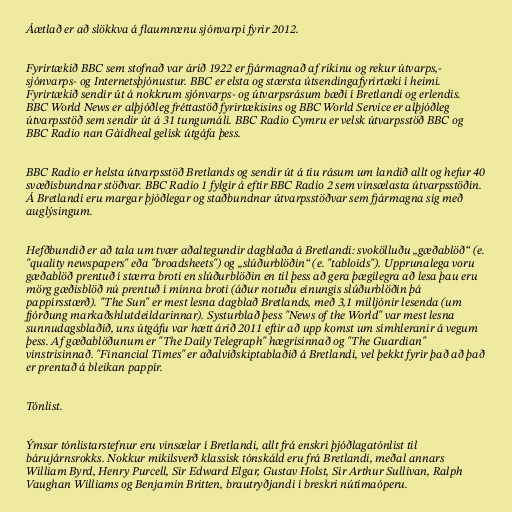
Áætlað er að slökkva á flaumrænu sjónvarpi fyrir 2012.

Fyrirtækið BBC sem stofnað var árið 1922 er fjármagnað af rikinu og rekur útvarps,-
sjónvarps- og Internetsþjónustur. BBC er elsta og stærsta útsendingafyrirtæki í heimi.
Fyrirtækið sendir út á nokkrum sjónvarps- og útvarpsrásum bæði í Bretlandi og erlendis.
BBC World News er alþjóðleg fréttastöð fyrirtækisins og BBC World Service er alþjóðleg
útvarpsstöð sem sendir út á 31 tungumáli. BBC Radio Cymru er velsk útvarpsstöð BBC og
BBC Radio nan Gàidheal gelísk útgáfa þess.

BBC Radio er helsta útvarpsstöð Bretlands og sendir út á tíu rásum um landið allt og hefur 40
svæðisbundnar stöðvar. BBC Radio 1 fylgir á eftir BBC Radio 2 sem vinsælasta útvarpsstöðin.
Á Bretlandi eru margar þjóðlegar og staðbundnar útvarpsstöðvar sem fjármagna sig með
auglýsingum.

Hefðbundið er að tala um tvær aðaltegundir dagblaða á Bretlandi: svokölluðu „gæðablöð“ (e.
"quality newspapers" eða "broadsheets") og „slúðurblöðin“ (e. "tabloids"). Upprunalega voru
gæðablöð prentuð í stærra broti en slúðurblöðin en til þess að gera þægilegra að lesa þau eru
mörg gæðisblöð nú prentuð í minna broti (áður notuðu einungis slúðurblöðin þá
pappírsstærð). "The Sun" er mest lesna dagblað Bretlands, með 3,1 milljónir lesenda (um
fjórðung markaðshlutdeildarinnar). Systurblað þess "News of the World" var mest lesna
sunnudagsblaðið, uns útgáfu var hætt árið 2011 eftir að upp komst um símhleranir á vegum
þess. Af gæðablöðunum er "The Daily Telegraph" hægrisinnað og "The Guardian"
vinstrisinnað. "Financial Times" er aðalviðskiptablaðið á Bretlandi, vel þekkt fyrir það að það
er prentað á bleikan pappír.

Tónlist.

Ýmsar tónlistarstefnur eru vinsælar í Bretlandi, allt frá enskri þjóðlagatónlist til
bárujárnsrokks. Nokkur mikilsverð klassísk tónskáld eru frá Bretlandi, meðal annars
William Byrd, Henry Purcell, Sir Edward Elgar, Gustav Holst, Sir Arthur Sullivan, Ralph
Vaughan Williams og Benjamin Britten, brautryðjandi í breskri nútímaóperu.